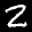
Label: 2